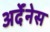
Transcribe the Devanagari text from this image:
अर्देंनेस